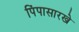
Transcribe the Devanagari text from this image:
पिंपासारखे